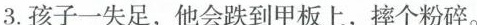
3.孩子一失足，他会跌到甲板上，摔个粉碎。